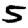
Digit: 5